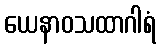
ယေနာဝသထာဂါရံ